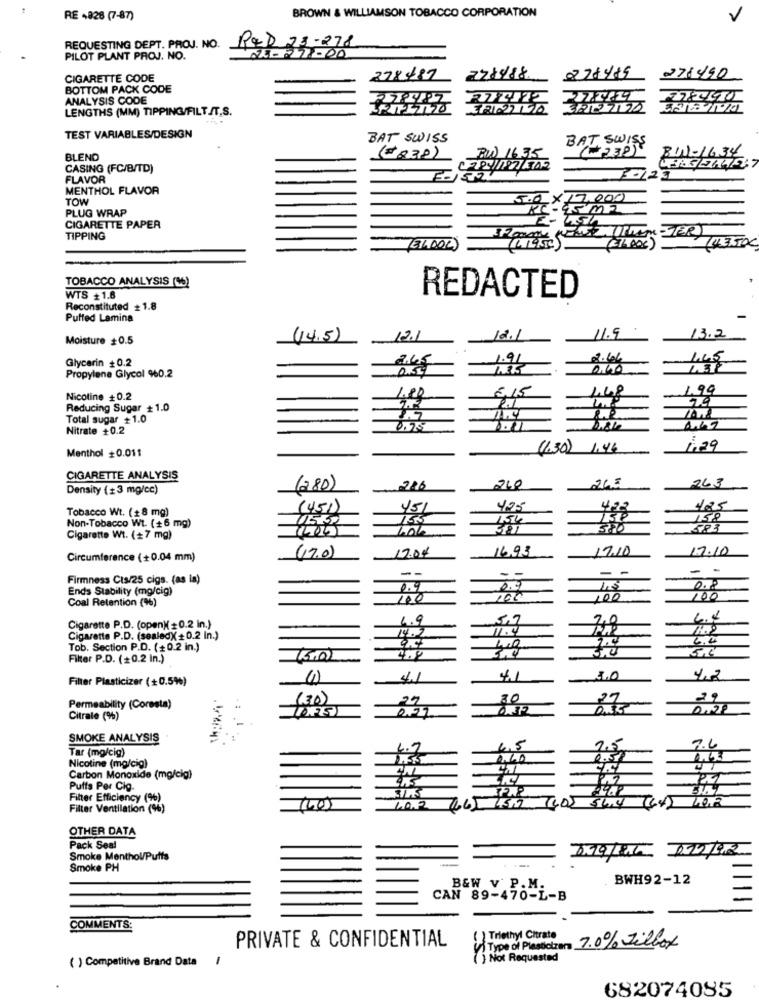
BROWN & WILLIAMSON TOBACCO CORPORATION
RE 4826 (7-87)
V
REQUESTING DEPT. PROJ. NO.
RED 23-278
PILOT PLANT PROJ. NO.
NE- - 7-00
CIGARETTE CODE
278487
271490
BOTTOM PACK CODE
ANALYSIS CODE
LENGTHS (MM) TIPPING/FILT./T.S.
312127172
TEST VARIABLES/DESIGN
BAT SWISS
BAT SWISS
(12385
BIN-1634
BLEND
(=832)
CASING (FC/B/TD)
FLAVOR
MENTHOL FLAVOR
TOW
5.0
X17,000
PLUG WRAP
- 45m2
CIGARETTE PAPER
TIPPING
(ELLOOL)
14.3.50€
TOBACCO ANALYSIS (26)
WTS +1.8
REDACTED
Reconstituted # 1.8
Puffed Lamina
1.5
13.2
Moisture +0.5
(14.5)
12.1
Glycerin +0.2
1.91
2.66
0.60
Propylene Glycol %0.2
5.15
1.99
Nicotine +0.2
1.48
Reducing Sugar +1.0
Total sugar +1.0
Nitrate +0.2
Menthol #0.011
(1.30)
1,46
1.29
CIGARETTE ANALYSIS
240
245
263
Density (+3 mg/cc)
(280)
Tobacco Wt. (+8 mg)
(451)
451
425
755
154
130
158
Non-Tobacco Wt. (+6 mg)
381
350
Cigarette Wt. (+7 mg)
17.04
16.93
17.10
17.10
Circumference (+0.04 mm)
(17.0)
--
-
-
Firmness Cts/25 cigs. (as in)
--
Ends Stability (mg/cig)
0.9
0.9
Coal Retention (%)
100
200
100
100
4,9
2.0
Cigarette P.D. (open)( = 0.2 in.)
14.2
11.4
Cigarette P.D. (sealed) +0.2 In.)
2.4
6.00
Tob. Section P.D. (+0.2 in.)
Filter P.D. (+0.2 In.)
Filter Plasticizer (+0.5%)
41
41
20
4,2
(30)
29
80
27
29
Permeability (Coresta)
Citrate (%)
0.27
SMOKE ANALYSIS
Tar (mg/cig)
4.7
4,5
2,5
2.6
0,60
Nicotine (mg/cig)
Carbon Monoxide (mg/cig)
4.5
PAZ
Puffs Per Cig
Filter Efficiency (%)
Filter Ventilation (%)
(60)
LO.R
OTHER DATA
Pack Seal
819/191 222/92
Smoke Menthol/Puffs
Smoke PH
BWH92-12
B&W V P.M.
CAN 89-470-L-B
COMMENTS:
( ) Triethyl Citrate
PRIVATE & CONFIDENTIAL
VI Type of Plasticizers 7.0% villox
( ) Competitive Brand Data
-
Not Requested
682074085